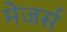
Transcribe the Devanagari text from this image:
मेजर्स